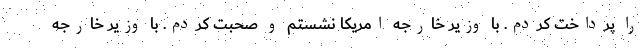
را پرداخت كردم. با وزير خارجه امريكا نشستم و صحبت كردم. با وزير خارجه